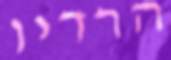
הרדיו